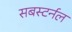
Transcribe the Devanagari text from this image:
सबस्टर्नल